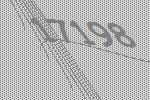
17198